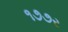
૧૭૭ર